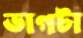
ভাগটা